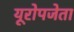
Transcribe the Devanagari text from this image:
यूरोपजेता